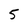
Character: 5